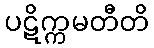
ပဋိက္ကမတီတိ